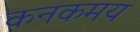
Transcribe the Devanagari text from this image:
कनकमय